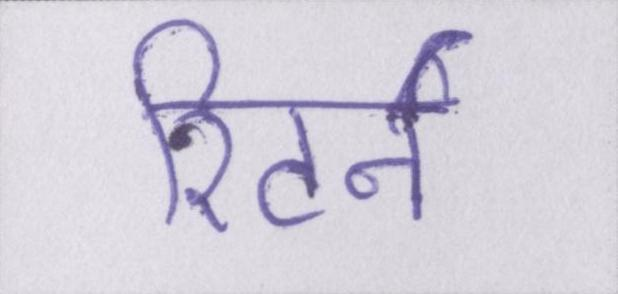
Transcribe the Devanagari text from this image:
रिटर्न